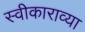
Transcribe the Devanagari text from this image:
स्वीकाराव्या